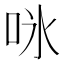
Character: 𭇛